Some observations on the poison of the banded krait (Bungarus fasciatus) - Number 7
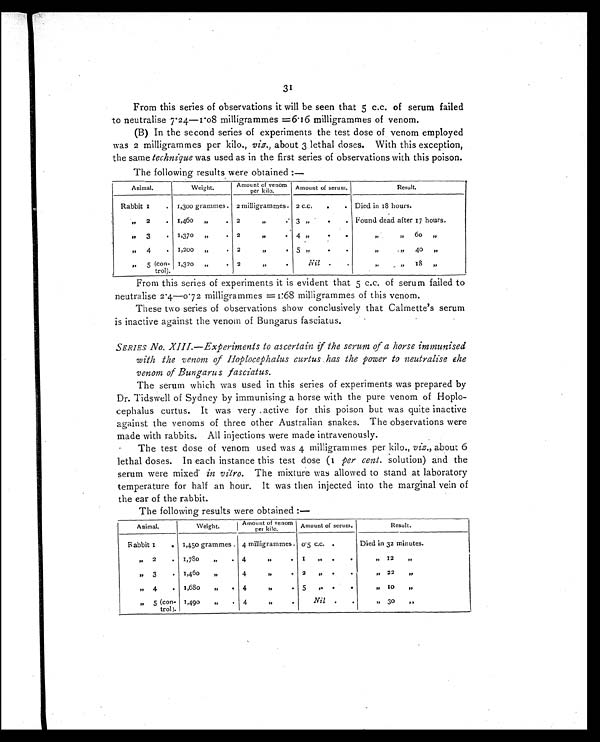
31
From this series of observations it will be seen that 5 c.c. of serum failed
to neutralise 7.24—1.08 milligrammes =6.16 milligrammes of venom.
(B) In the second series of experiments the test dose of venom employed
was 2 milligrammes per kilo., viz., about 3 lethal doses. With this exception,
the same technique was used as in the first series of observations with this poison.
The following results were obtained :—
Animal.
Weight.
Amount of venom
per kilo.
Amount of serum.
Result.
Rabbit 1 . 1,300 grammes . 2 milligrammes. 2 c.c. . . Died in 18 hours.
" 2
. 1,460 "
. 2
"
.
3 " . .
Found dead after 17 hours.
" 3
. 1,370 "
. 2
"
.
4 " . .
"
60 "
"
4
. 1,200 "
. 2 " .
5 "
. .
"
" 4 0 "
" 5 (con-
trol).
1,320 "
. 2 " .
Nil .
.
" " 1 8 "
From this series of experiments it is evident that 5 c.c. of serum failed to
neutralise 2.4—0.72 milligrammes
1:68=milligrammes of this venom.
These two series of observations show conclusively that Calmette's serum
is inactive against the venom of Bungarus fasciatus.
SERIES No. XIII.—Experiments to ascertain if the serum of a horse immunised
with the venom of Hoplocephalus curtus has the power to neutralise ehe
venom of Bungarus fasciatus.
The serum which was used in this series of experiments was prepared by
Dr. Tidswell of Sydney by immunising a horse with the pure venom of Hoplo-
cephalus curtus. It was very active for this poison but was quite inactive
against the venoms of three other Australian snakes. The observations were
made with rabbits. All injections were made intravenously.
The test dose of venom used was 4 milligrammes per kilo., viz., about 6
lethal doses. In each instance this test dose (1 per cent. solution) and the
serum were mixed in
vitro. The mixture was allowed to stand at laboratory
temperature for half an hour. It was then injected into the marginal vein of
the ear of the rabbit.
The following results were obtained :—
Animal.
Weight.
Amount of venom per kilo. Amount of serum.
Result.
Rabbit 1 . 1,450 grammes . 4 milligrammes . 0.5 c.c.
Died in 32 minutes.
" 2
. 1,780
"
. 4
" . 1 " . .
" " 1 2 "
" 3
. 1,460
"
4
" . 2
".
.
" 2 2 "
" 4
. 1,680
"
.
4 "
.
5 " . .
" 1 0 "
" 5 (con-
trol).
1,490
"
. 4
"
.
Nil . .
" 30 "